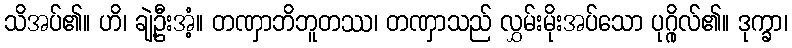
သိအပ်၏။ ဟိ၊ ချဲ့ဦးအံ့။ တဏှာဘိဘူတဿ၊ တဏှာသည် လွှမ်းမိုးအပ်သော ပုဂ္ဂိုလ်၏။ ဒုက္ခာ၊